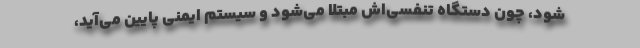
شود، چون دستگاه تنفسی‌اش مبتلا می‌شود و سیستم ایمنی پایین می‌آید،